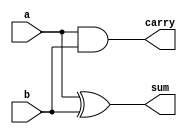
// ***RTL CODE FOR HALF ADDER***//

module half_adder(a,b,sum,carry);

	input a,b;
	output sum,carry;
	
	assign sum = a ^ b;
	assign carry = a & b;
	
endmodule